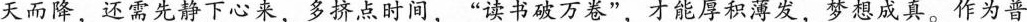
天而降，还需先静下心来，多挤点时间，”读书破万卷”，才能厚积薄发，梦想成真。作为普